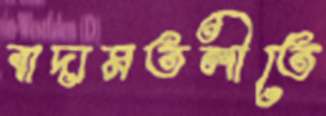
বাদামতলীতে